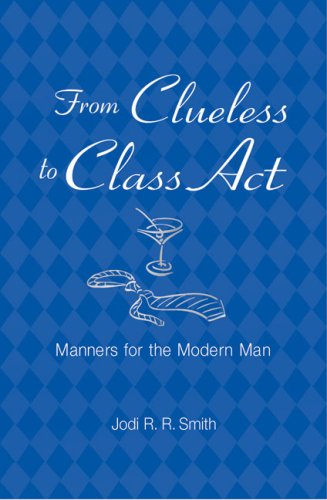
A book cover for From Clueless to Class Act: Manners for the Modern Man; Jodi R. R. Smith; Reference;